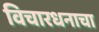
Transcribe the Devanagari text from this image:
विचारधनाचा